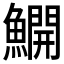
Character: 𫙸